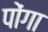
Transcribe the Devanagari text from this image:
पोंगा